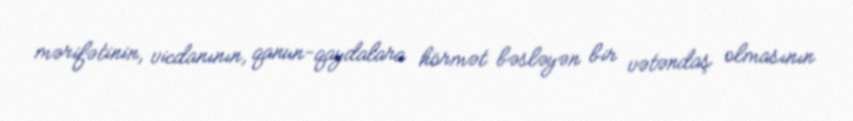
mərifətinin, vicdanının, qanun-qaydalara hörmət bəsləyən bir vətəndaş olmasının